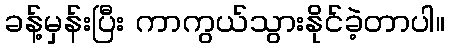
ခန့်မှန်းပြီး ကာကွယ်သွားနိုင်ခဲ့တာပါ။